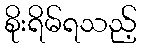
စိုးရိမ်ရသည့်